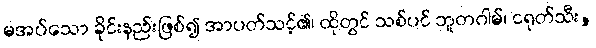
မအပ်သော ခိုင်းနည်းဖြစ်၍ အာပတ်သင့်၏၊ ထိုတွင် သစ်ပင် ဘူတဂါမ်၊ ငရုတ်သီး,